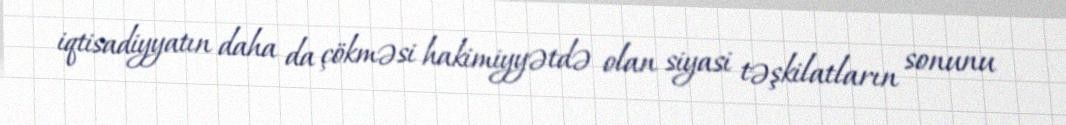
iqtisadiyyatın daha da çökməsi hakimiyyətdə olan siyasi təşkilatların sonunu